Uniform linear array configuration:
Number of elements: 32
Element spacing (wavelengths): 0.5
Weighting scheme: uniform
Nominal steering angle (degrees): -60
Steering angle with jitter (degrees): -60.469
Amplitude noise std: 0.05
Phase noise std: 0.05

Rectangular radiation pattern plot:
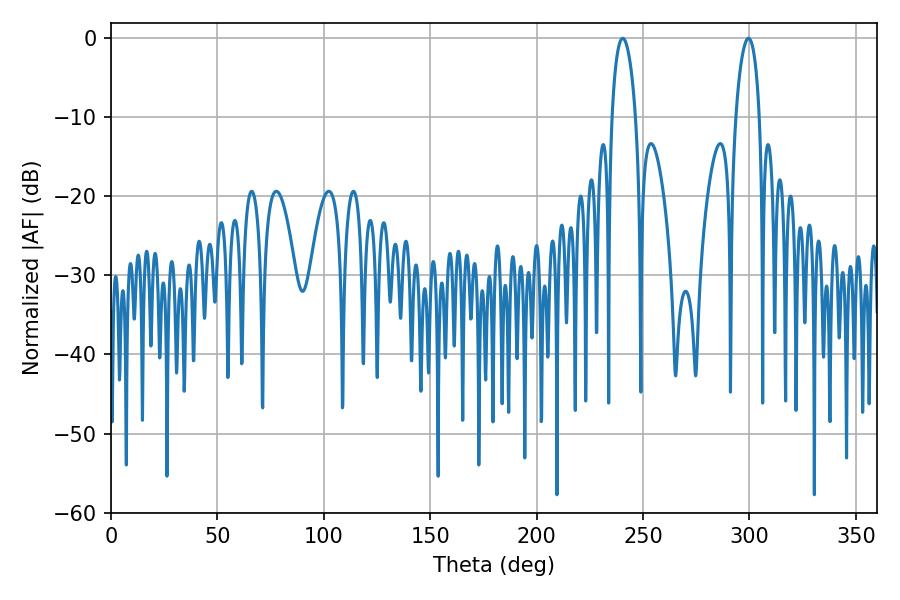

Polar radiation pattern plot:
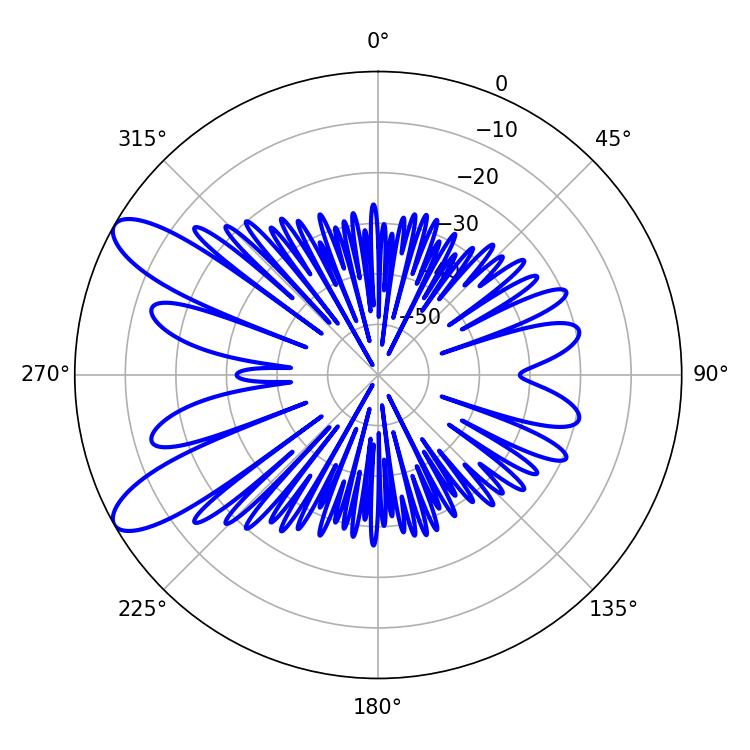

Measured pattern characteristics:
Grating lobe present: FALSE
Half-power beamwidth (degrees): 6.3
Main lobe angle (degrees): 240.48